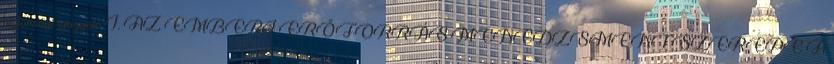
biztonsági igazgató I. AZ EMBERI ERŐFORRÁS MENEDZSMENT SZEREPE A